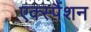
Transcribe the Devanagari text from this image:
एक्स्पैंशन